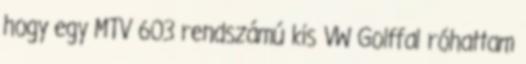
hogy egy MTV 603 rendszámú kis VW Golffal róhat­tam